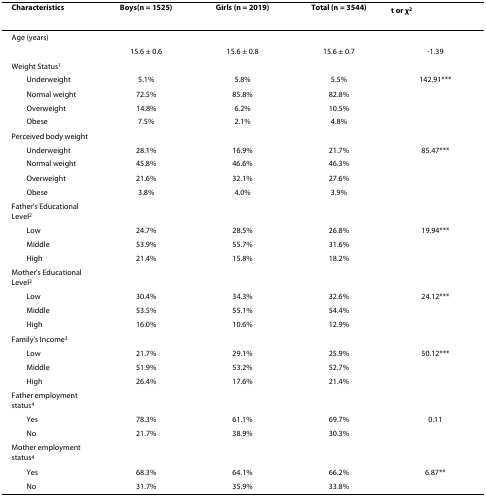
<table><thead><tr><td><b>Characteristics</b></td><td><b>Boys(n = 1525)</b></td><td><b>Girls (n = 2019)</b></td><td><b>Total (n = 3544)</b></td><td><b>t or χ<sup>2</sup></b></td></tr></thead><tbody><tr><td>Age (years)</td><td></td><td></td><td></td><td></td></tr><tr><td></td><td>15.6 ± 0.6</td><td>15.6 ± 0.8</td><td>15.6 ± 0.7</td><td>-1.39</td></tr><tr><td>Weight Status<sup>1</sup></td><td></td><td></td><td></td><td></td></tr><tr><td> Underweight</td><td>5.1%</td><td>5.8%</td><td>5.5%</td><td>142.91***</td></tr><tr><td> Normal weight</td><td>72.5%</td><td>85.8%</td><td>82.8%</td><td></td></tr><tr><td> Overweight</td><td>14.8%</td><td>6.2%</td><td>10.5%</td><td></td></tr><tr><td> Obese</td><td>7.5%</td><td>2.1%</td><td>4.8%</td><td></td></tr><tr><td>Perceived body weight</td><td></td><td></td><td></td><td></td></tr><tr><td> Underweight</td><td>28.1%</td><td>16.9%</td><td>21.7%</td><td>85.47***</td></tr><tr><td> Normal weight</td><td>45.8%</td><td>46.6%</td><td>46.3%</td><td></td></tr><tr><td> Overweight</td><td>21.6%</td><td>32.1%</td><td>27.6%</td><td></td></tr><tr><td> Obese</td><td>3.8%</td><td>4.0%</td><td>3.9%</td><td></td></tr><tr><td>Father&#x27;s Educational Level<sup>2</sup></td><td></td><td></td><td></td><td></td></tr><tr><td> Low</td><td>24.7%</td><td>28.5%</td><td>26.8%</td><td>19.94***</td></tr><tr><td> Middle</td><td>53.9%</td><td>55.7%</td><td>31.6%</td><td></td></tr><tr><td> High</td><td>21.4%</td><td>15.8%</td><td>18.2%</td><td></td></tr><tr><td>Mother&#x27;s Educational Level<sup>2</sup></td><td></td><td></td><td></td><td></td></tr><tr><td> Low</td><td>30.4%</td><td>34.3%</td><td>32.6%</td><td>24.12***</td></tr><tr><td> Middle</td><td>53.5%</td><td>55.1%</td><td>54.4%</td><td></td></tr><tr><td> High</td><td>16.0%</td><td>10.6%</td><td>12.9%</td><td></td></tr><tr><td>Family&#x27;s Income<sup>3</sup></td><td></td><td></td><td></td><td></td></tr><tr><td> Low</td><td>21.7%</td><td>29.1%</td><td>25.9%</td><td>50.12***</td></tr><tr><td> Middle</td><td>51.9%</td><td>53.2%</td><td>52.7%</td><td></td></tr><tr><td> High</td><td>26.4%</td><td>17.6%</td><td>21.4%</td><td></td></tr><tr><td>Father employment status<sup>4</sup></td><td></td><td></td><td></td><td></td></tr><tr><td> Yes</td><td>78.3%</td><td>61.1%</td><td>69.7%</td><td>0.11</td></tr><tr><td> No</td><td>21.7%</td><td>38.9%</td><td>30.3%</td><td></td></tr><tr><td>Mother employment status<sup>4</sup></td><td></td><td></td><td></td><td></td></tr><tr><td> Yes</td><td>68.3%</td><td>64.1%</td><td>66.2%</td><td>6.87**</td></tr><tr><td> No</td><td>31.7%</td><td>35.9%</td><td>33.8%</td><td></td></tr></tbody></table>